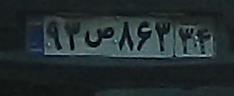
۹۳ص۸۶۳۳۴